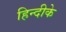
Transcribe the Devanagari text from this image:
हिन्दीके